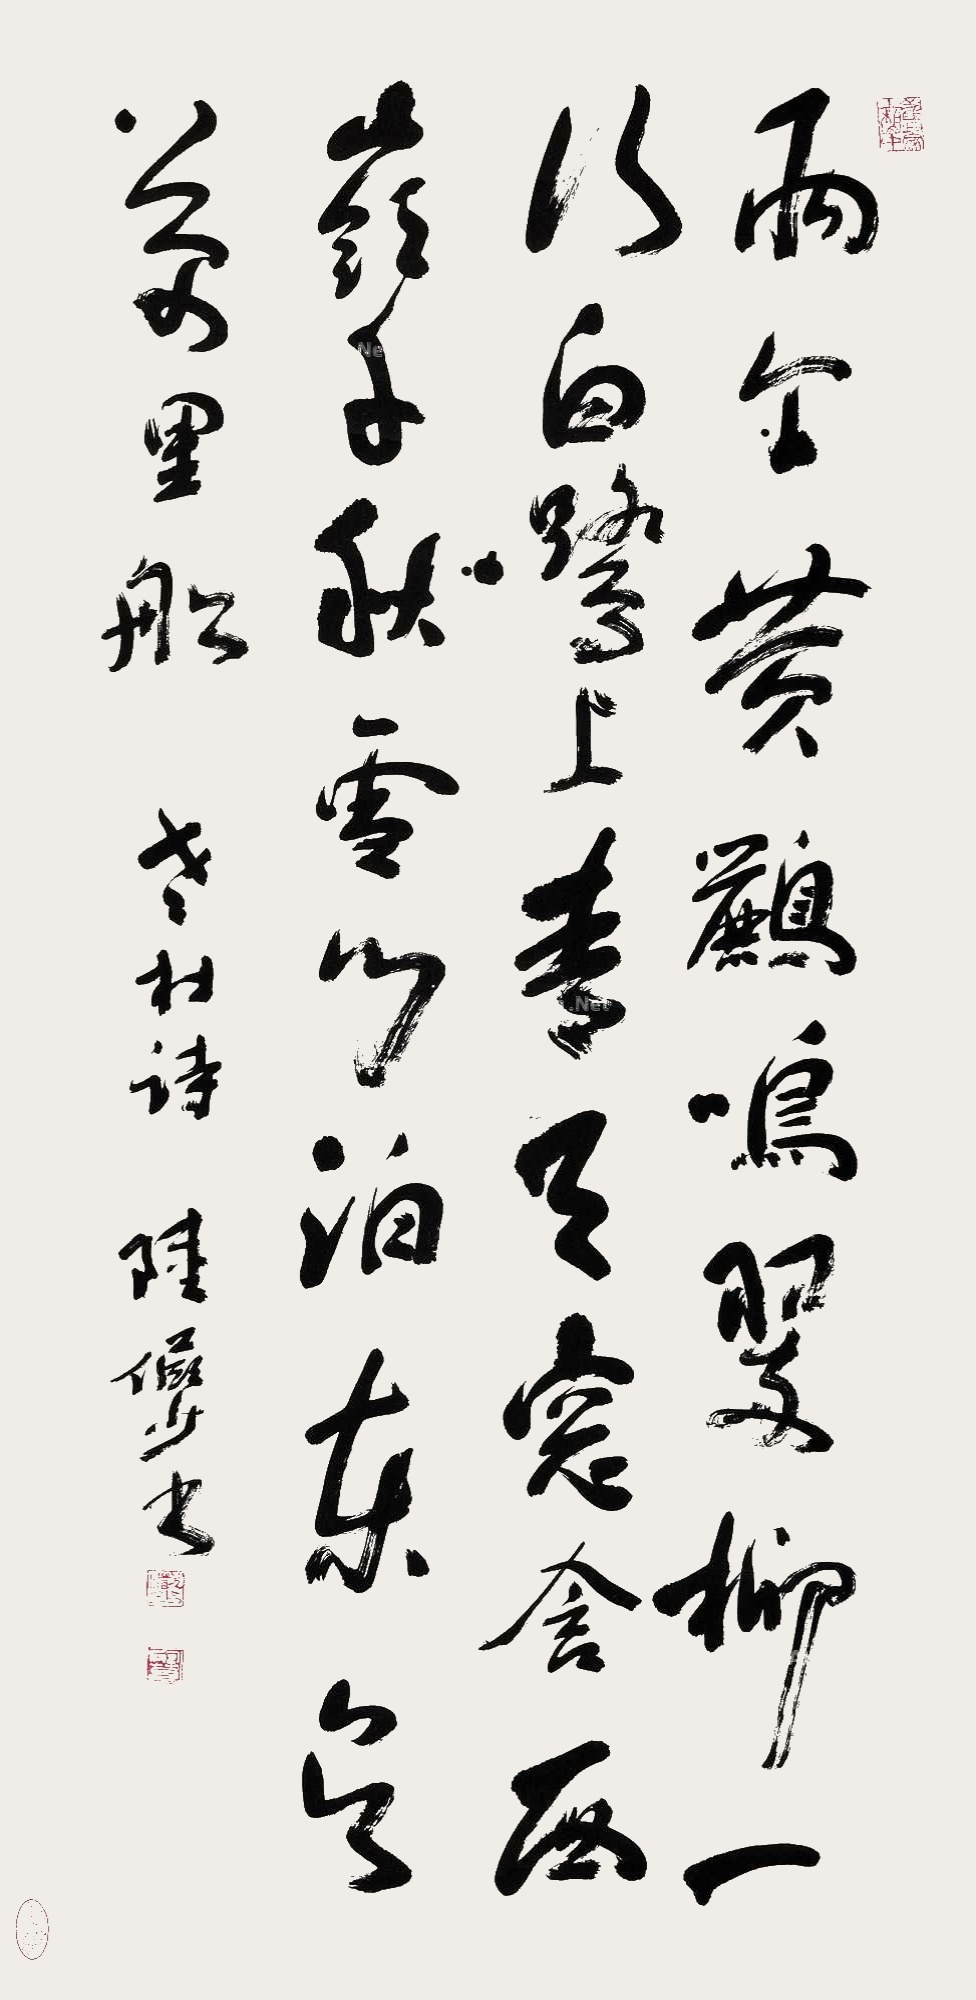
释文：两个黄鹂鸣翠柳，一行白鹭上青天。窗含西岭千秋雪，门泊东吴万里船。老杜诗，陆俨少书。